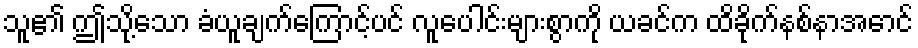
သူ၏ ဤသို့သော ခံယူချက်ကြောင့်ပင် လူပေါင်းများစွာကို ယခင်က ထိခိုက်နစ်နာအောင်